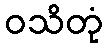
ဝသိတုံ